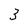
Character: 3